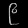
Digit: ၉